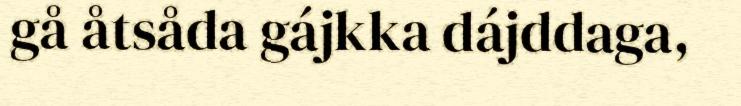
gå åtsåda gájkka dájddaga,